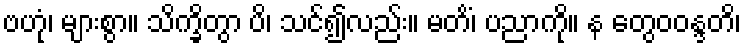
ဗဟုံ၊ များစွာ။ သိက္ခိတွာ ပိ၊ သင်၍လည်း။ မတိံ၊ ပညာကို။ န တွေဝဝန္ဒတိ၊